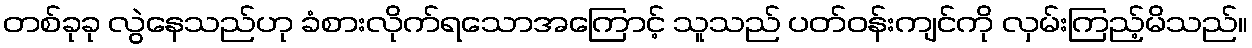
တစ်ခုခု လွဲနေသည်ဟု ခံစားလိုက်ရသောအကြောင့် သူသည် ပတ်ဝန်းကျင်ကို လှမ်းကြည့်မိသည်။